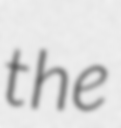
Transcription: the